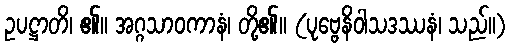
ဥပဋ္ဌာတိ၊ ၏။ အဂ္ဂသာဝကာနံ၊ တို့၏။ (ပုဗ္ဗေနိဝါသဒဿနံ၊ သည်။)